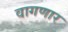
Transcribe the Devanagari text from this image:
वागणार